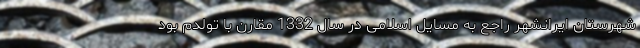
شهرستان ایرانشهر راجع به مسایل اسلامی در سال 1332 مقارن با تولدم بود